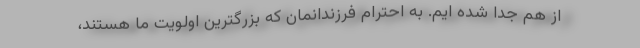
از هم جدا شده ایم. به احترام فرزندانمان که بزرگترین اولویت ما هستند،